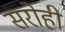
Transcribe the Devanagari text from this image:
सरोही